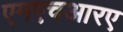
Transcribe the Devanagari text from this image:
एमएचआरए